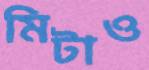
মিটাও